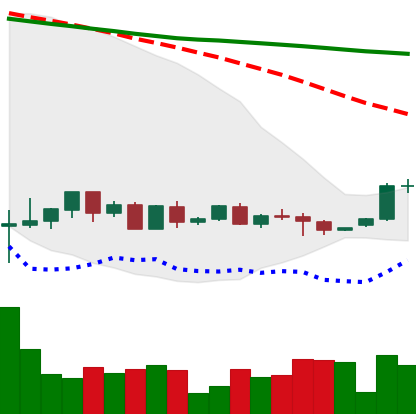
Ticker: BTC-USD
Chart end date: 2022-05-31
Forward return: -5.931%
Label: down_5_7